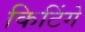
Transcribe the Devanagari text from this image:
किटिंगे